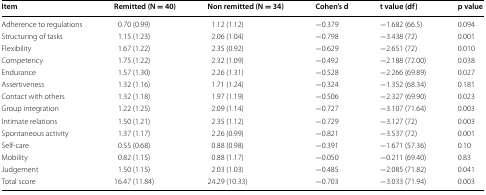
| Item | Remitted (N = 40) | Non remitted (N = 34) | Cohen’s d | t value (df) | p value |
 | --- | --- | --- | --- | --- | --- |
 | Adherence to regulations | 0.70 (0.99) | 1.12 (1.12) | −0.379 | −1.682 (66.5) | 0.094 |
 | Structuring of tasks | 1.15 (1.23) | 2.06 (1.04) | −0.798 | −3.438 (72) | 0.001 |
 | Flexibility | 1.67 (1.22) | 2.35 (0.92) | −0.629 | −2.651 (72) | 0.010 |
 | Competency | 1.75 (1.22) | 2.32 (1.09) | −0.492 | −2.188 (72.00) | 0.038 |
 | Endurance | 1.57 (1.30) | 2.26 (1.31) | −0.528 | −2.266 (69.89) | 0.027 |
 | Assertiveness | 1.32 (1.16) | 1.71 (1.24) | −0.324 | −1.352 (68.34) | 0.181 |
 | Contact with others | 1.32 (1.18) | 1.97 (1.19) | −0.506 | −2.327 (69.90) | 0.023 |
 | Group integration | 1.22 (1.25) | 2.09 (1.14) | −0.727 | −3.107 (71.64) | 0.003 |
 | Intimate relations | 1.50 (1.21) | 2.35 (1.12) | −0.729 | −3.127 (72) | 0.003 |
 | Spontaneous activity | 1.37 (1.17) | 2.26 (0.99) | −0.821 | −3.537 (72) | 0.001 |
 | Self-care | 0.55 (0.68) | 0.88 (0.98) | −0.391 | −1.671 (57.36) | 0.10 |
 | Mobility | 0.82 (1.15) | 0.88 (1.17) | −0.050 | −0.211 (69.40) | 0.83 |
 | Judgement | 1.50 (1.15) | 2.03 (1.03) | −0.485 | −2.085 (71.82) | 0.041 |
 | Total score | 16.47 (11.84) | 24.29 (10.33) | −0.703 | −3.033 (71.94) | 0.003 |